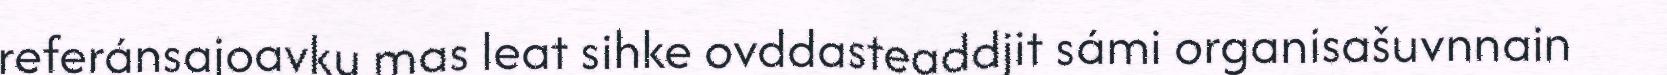
referánsajoavku mas leat sihke ovddasteaddjit sámi organisašuvnnain